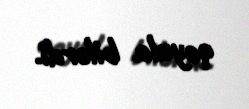
qoyula bilərdi.